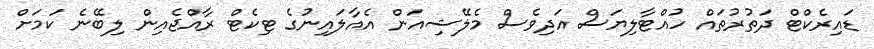
ޑައިރެކްޓް ދަތުރުތައް ހުއްޓާލިޔަސް އަދިވެސް މެލޭޝިއަން އެއާލައިނުގެ ޓިކެޓް ރާއްޖެއިން ލިބޭނެ ކަމަށް